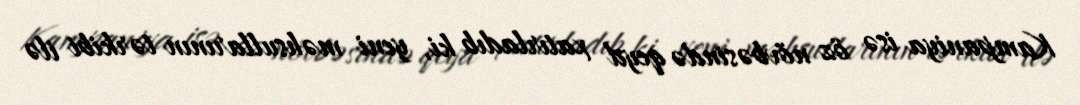
Kampaniya isə öz növbəsində qeyd xatırladıb ki, yeni məhsullarının tərkibi ilə